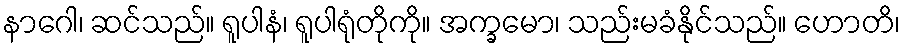
နာဂေါ၊ ဆင်သည်။ ရူပါနံ၊ ရူပါရုံတိုကို။ အက္ခမော၊ သည်းမခံနိုင်သည်။ ဟောတိ၊